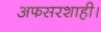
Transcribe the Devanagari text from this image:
अफसरशाही।